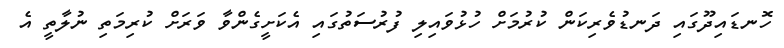
ހޮނޑައިދޫގައި ދަނޑުވެރިކަން ކުރުމަށް ހުޅުވައިލި ފުރުސަތުގައި އެކަށީގެންވާ ވަރަށް ކުރިމަތި ނުލާތީ އެ